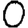
Digit: 0